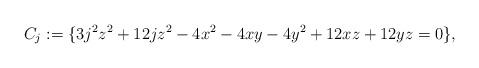
LaTeX: \begin{align*}C_j := \{3 j^{2} z^{2}+12 j z^{2}-4 x^{2}-4 x y-4 y^{2}+12 x z+12 y z=0\},\end{align*}